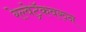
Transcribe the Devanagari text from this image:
रेल्वेट्रॅकवरुन